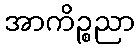
အာကိဉ္စညာ